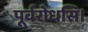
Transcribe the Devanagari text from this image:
पूर्वरोधसि।